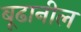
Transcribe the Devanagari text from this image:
बूढानील